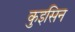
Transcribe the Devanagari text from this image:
कुइसिन